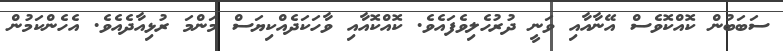
ސަބަބުން ކޮއްކޮވެސް އޭނާއާއި ވަނީ ދުރުހެލިވެފައެވެ. ކޮއްކޮއާއި ވާހަކަދެއްކިޔަސް މަންމަ ރުޅިއާދެއެވެ. އެހެންކަމުން